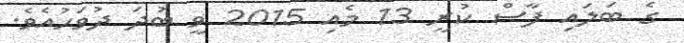
ގެ ބަލައި ފާސް ކުރީ 13 މެއި 2015 ވީ ބުދަ ދުވަހުއެވެ.